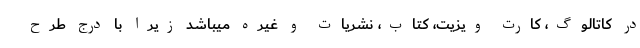
در کاتالوگ، کارت ویزیت، کتاب، نشریات و غیره میباشد زیرا با درج طرح